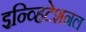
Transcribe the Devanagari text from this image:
इन्व्हिटेशनल